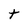
Character: t